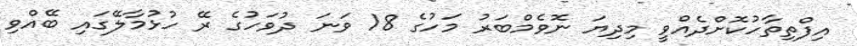
އިފްތިތާހުކޮށްދެއްވީ މިދިޔަ ނޮވެމްބަރު މަހުގެ 18 ވަނަ ދުވަހުގެ ރޭ ހުޅުމާލޭގައި ބޭއްވި